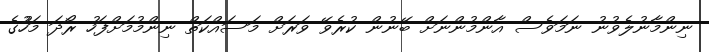
ނިންމާނުލެވުނު ނަމަވެސް އާންމުންނަށް ބޭނުން ކުރެވޭ ވަރަށް މަސައްކަތް ނިންމުމަށްފަހު ރޯދަ މަހުުގެ